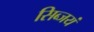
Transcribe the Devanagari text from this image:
सिब्जयं